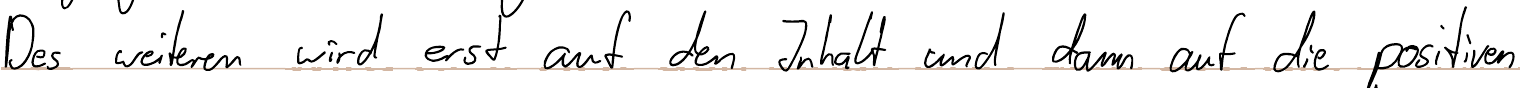
Des weiteren wird erst auf den Inhalt und dann auf die positiven